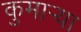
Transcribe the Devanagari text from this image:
कुमार्‍या